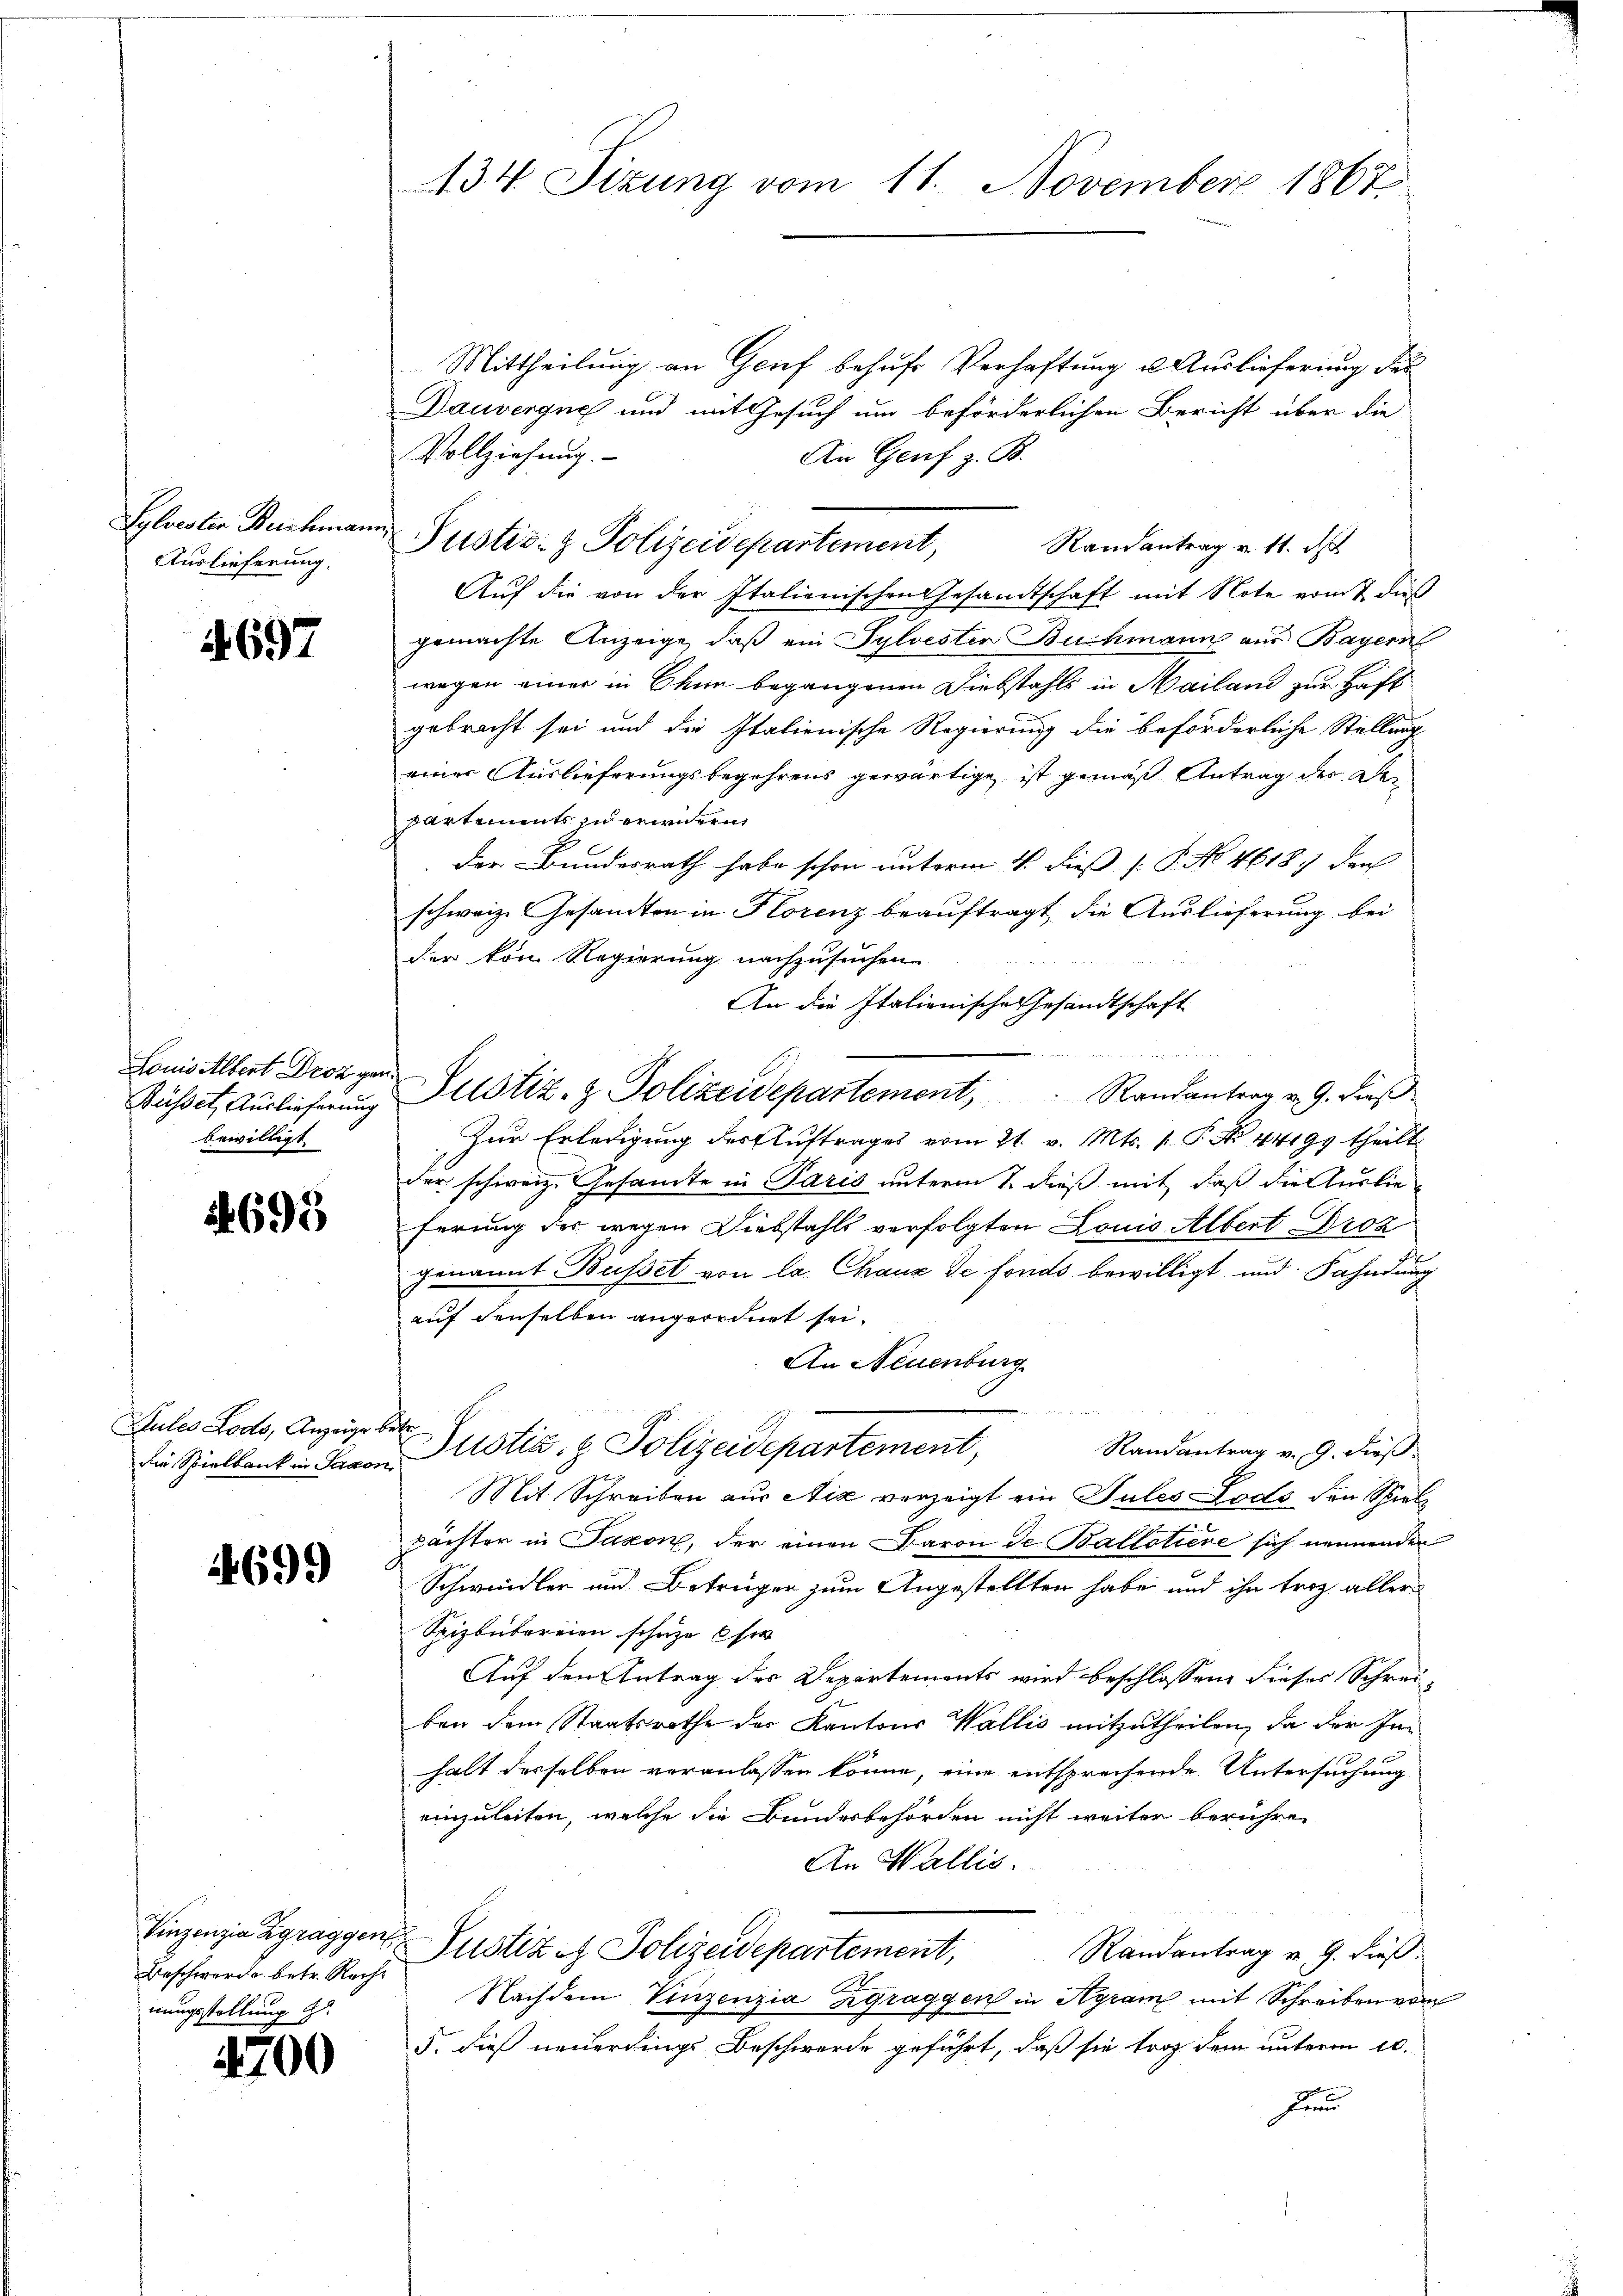
Sylvestin Buchman
Auslieferung.

1697

Busset, Auslieferung
bewilligt

4695

Sules Lodo, Anzeige betr

4699

Beschwerde betr. Reche
nungsstellung z

4700

134 Sizung vom 11. November 1867

Justiz- & Polizeidepartement,

Mittheilung an Genf behufs Verhaftung u. Auslieferung des
Dauvergne und mit Gesuch um beförderlichen Bericht über die
Vollziehung.
An Genf z. B.
Randantrag v. 11. d
Auf die von der Italienischen Gesandtschaft mit Note vom 7. dieß
gemachte Anzeige, daß ein Sylvesten Buchmann aus Bayern
wegen einer in Chun begangenen Diebstahls in Mailand zur Haft
gebracht sei und die Italionische Regierung die beförderliche Stellung
einer Auslieferungsbegehrens gewärtige, ist gemäß Antrag des Bepartements jederwidern
der Bundesrath habe schon unterm 4. dieß [ P. No 46187 der
schweiz. Gesandten in Florenz beauftragt, die Auslieferung bei
der von Regierung nachzusuchen
An die Italienische Gesandtschaft

Lonis Albert Droger Justiz- & Polizeidepartement, Randantrag v. 9. dieβ
Zur Erledigung des Auftrages vom 21. v. Mts. 1. P. Nr. 44199 theilt
der schweiz. Gesamte in Paris unterm 1. dieß mit daß die Auslieferung der wegen Diebstahls verfolgten Louis Albert Droz
t
genannt Busset von la Chaux de fonds bewilligt und Fahndung
auf denselben angeordnet sei.
An Neuenburg
Randantrag v. 9. dieß.
die Spielbank in davon Justiz- & Polizeidepartement,
Mit Schreiben aus Nić verzeigt ein Tules Lodo den Spielpächter in Saxon, der einen Baron de Ballotiere sich nennenden
Schwindler und Betrüger zum Angestellten habe und ihn trotz aller
Spizbübereien schuze si
Auf den Antrag des Departements wird beschlossen, dieses Schrei-
ben dem Staatsrathe der Kantons Wallis mitzutheilen, da der Inhalt desselben veranlassen könne, eine entsprechende Untersuchung
einzuleiten, welche die Bundesbehörden nicht weiter berühren
An Wallis.
Einzenzia Zgraggen Justiz et Polizeidepartement,
Randantrag v. 9. dieß.
Nachdem Vinzenzia Zgraggen in Agram mit Schreiben von
5. dies neuerdings Beschwerde geführt, daß sie trag dem unterm 10.
Fe

u